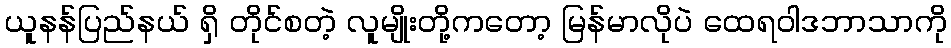
ယူနန်ပြည်နယ် ရှိ တိုင်စတဲ့ လူမျိုးတို့ကတော့ မြန်မာလိုပဲ ထေရဝါဒဘာသာကို